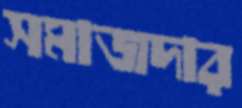
সমাজদার